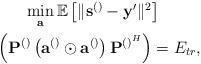
LaTeX: \begin{align*}\begin{gathered}\min_{\mathbf{a}} \mathbb{E}\left[\lVert\mathbf{s}^{\left(\right)}-\mathbf{y}'\rVert^2\right]\\~~\left(\mathbf{P}^{\left(\right)}\left(\mathbf{a}^{\left(\right)}\odot \mathbf{a}^{\left(\right)}\right)\mathbf{P}^{\left(\right)^{H}}\right)=E_{tr},\end{gathered} \end{align*}